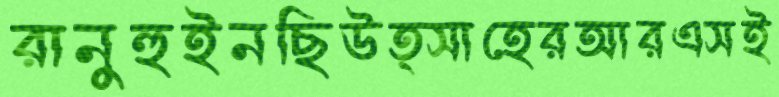
রানুহুইনছিউত্সাহেরআরএসই